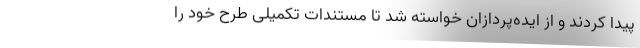
پیدا کردند و از ایده‌پردازان خواسته شد تا مستندات تکمیلی طرح خود را